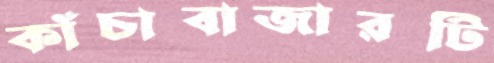
কাঁচাবাজারটি